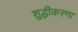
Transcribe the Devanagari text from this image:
शुद्धीकरणा